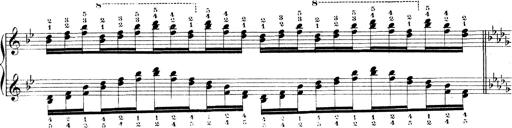
Title: Technische Studien
Composer: Franz Liszt